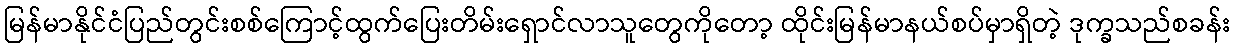
မြန်မာနိုင်ငံပြည်တွင်းစစ်ကြောင့်ထွက်ပြေးတိမ်းရှောင်လာသူတွေကိုတော့ ထိုင်းမြန်မာနယ်စပ်မှာရှိတဲ့ ဒုက္ခသည်စခန်း